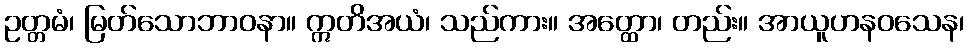
ဥတ္တမံ၊ မြတ်သောဘာဝနာ။ ဣတိအယံ၊ သည်ကား။ အတ္ထော၊ တည်း။ အာယူဟနဝသေန၊